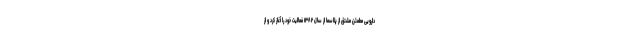
دارویی مطمئن مشتق از پلاسما از سال ۱۳۸۲ فعالیت خود را آغاز کرد و از